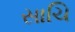
સાચિ